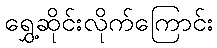
ရွှေ့ဆိုင်းလိုက်ကြောင်း